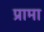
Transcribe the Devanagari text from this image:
प्रामा